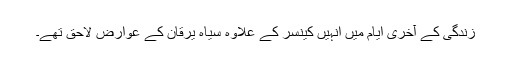
زندگی کے آخری ایام میں انہیں کینسر کے علاوہ سیاہ یرقان کے عوارض لاحق تھے۔